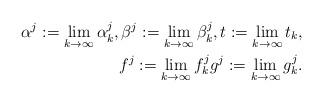
LaTeX: \begin{align*} \alpha^j := \lim_{k\to\infty} \alpha^j_k, \beta^j:=\lim_{k\to\infty} \beta^j_k, t:= \lim_{k\to\infty} t_k, \\f^j:= \lim_{k\to\infty} f^j_k g^j:= \lim_{k\to\infty} g^j_k.\end{align*}